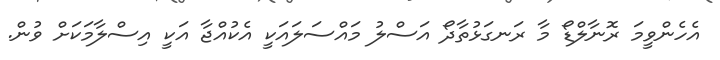
އެހެންވީމަ ރޮނާލްޑޯ މާ ރަނގަޅުތާދޯ އަސްލު މައްސަލައަކީ އެކުއްޖާ އަކީ އިސްލާމަކަށް ވުން.